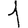
Digit: 1